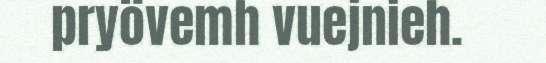
pryövemh vuejnieh.